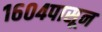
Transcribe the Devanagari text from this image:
१६०४पासून